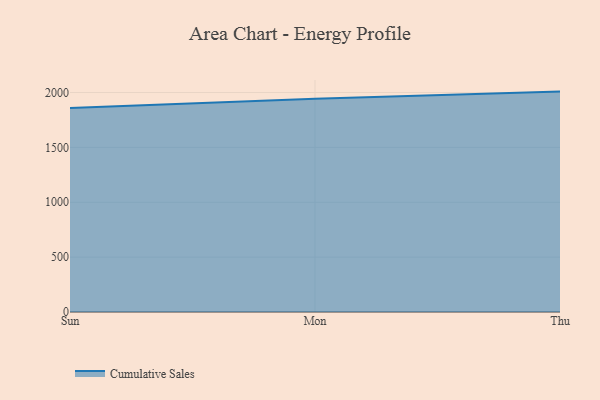
{"axis": {"x": "Day", "y": "Satisfaction Score"}, "legend": ["Cumulative Sales"], "data": [{"x": "Sun", "y": 1859.2, "type": "Cumulative Sales"}, {"x": "Mon", "y": 1942.2, "type": "Cumulative Sales"}, {"x": "Thu", "y": 2008.4, "type": "Cumulative Sales"}]}